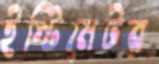
ইস্টিমেটর